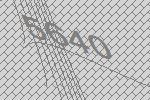
5640